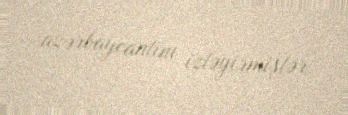
azərbaycanlını izləyirmişlər.